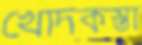
খোদকস্তা